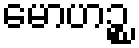
မောဟဉ္စ